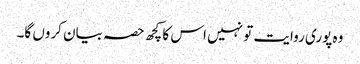
وہ پوری روایت تو نہیں اس کا کچھ حصہ بیان کروں گا۔